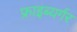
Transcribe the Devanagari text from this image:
फ्राइब्यर्गर